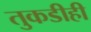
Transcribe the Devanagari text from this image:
तुकडीही